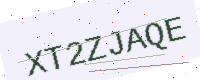
Text: XT2ZJAQE